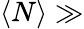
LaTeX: \langle N\rangle\gg